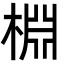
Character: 棩